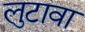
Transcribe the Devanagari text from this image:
लुटावा